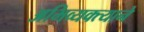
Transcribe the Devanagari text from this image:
अभिव्यक्त्याने